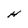
Character: H